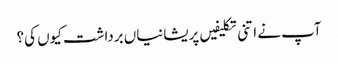
آپ نے اتنی تکلیفیں پریشانیاں برداشت کیوں کی؟